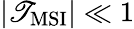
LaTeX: |\mathscr{T}_{\mathrm{{MSI}}}|\ll1